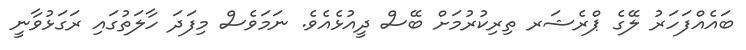
ބައެއްފަހަރު ލޭގެ ޕްރެޝަރ ތިރިކުރުމަށް ބޭސް ދީއުޅެއެވެ. ނަމަވެސް މިފަދަ ހާލަތުގައި ރަގަޅުވާނީ